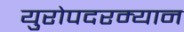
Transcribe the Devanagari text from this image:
युरोपदरम्यान